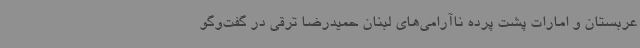
عربستان و امارات پشت پرده ناآرامی‌های لبنان حمیدرضا ترقی در گفت‌وگو